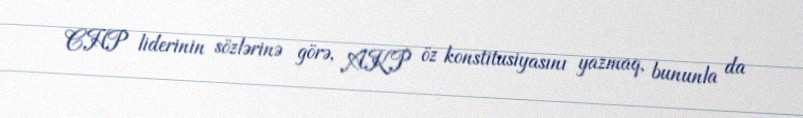
CHP liderinin sözlərinə görə, AKP öz konstitusiyasını yazmaq, bununla da